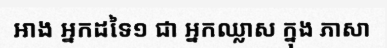
អាង អ្នកដទៃ១ ជា អ្នកឈ្លាស ក្នុង ភាសា